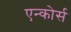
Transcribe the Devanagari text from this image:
एन्कोर्स